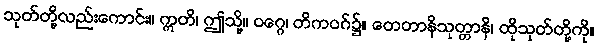
သုတ်တို့လည်းကောင်း။ ဣတိ၊ ဤသို့။ ဝဂ္ဂေ၊ တိကဝဂ်၌။ တေတာနိသုတ္တာနိ၊ ထိုသုတ်တို့ကို။